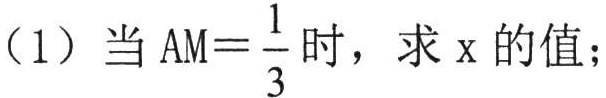
(1) 当$\text{AM}=\dfrac{1}{3}$时，求$\text{x}$的值；